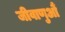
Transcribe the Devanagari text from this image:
जीवाणुऔं